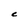
Character: C